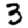
Digit: 3